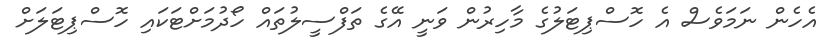
އެހެން ނަމަވެސް އެ ހޮސްޕިޓަލުގެ މާހިރުން ވަނީ އޭގެ ތަފްސީލުތައް ހޯދުމަށްޓަކައި ހޮސްޕިޓަލަށް